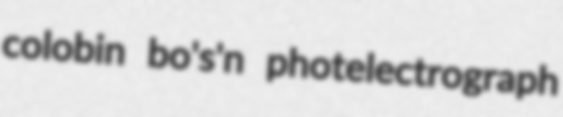
colobin bo's'n photelectrograph